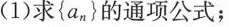
(1)求{a_{n}}的通项公式；